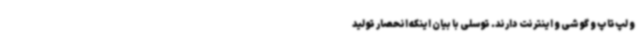
و لپ‌تاپ و گوشی و اینترنت دارند. توسلی با بیان اینکه انحصار تولید